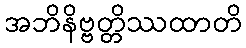
အဘိနိဗ္ဗတ္တိဿထာတိ